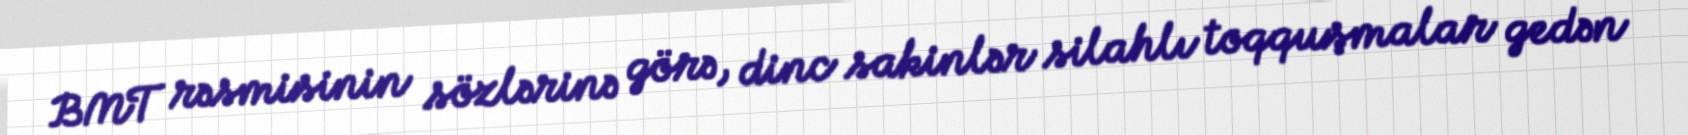
BMT rəsmisinin sözlərinə görə, dinc sakinlər silahlı toqquşmalar gedən